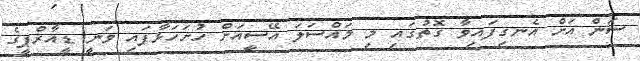
ސަން އަށް އެނގިފައިވާ ގޮތުގައި މި މައްސަލަ އޭސީއަށް ހުށަހަޅާފައި ވަނީ ޑީއާރްޕީގެ